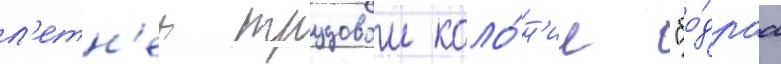
л'етн'еи трудовои коло́н'ии "бо́драа